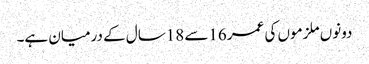
دونوں ملزموں کی عمر 16سے 18سال کے درمیان ہے۔